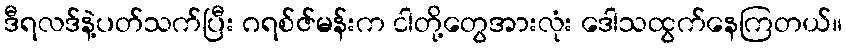
ဒီရလဒ်နဲ့ပတ်သက်ပြီး ဂရစ်ဇ်မန်းက ငါတို့တွေအားလုံး ဒေါသထွက်နေကြတယ်။